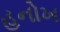
હનોખ